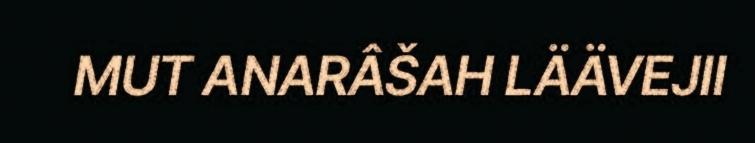
MUT ANARÂŠAH LÄÄVEJII